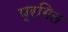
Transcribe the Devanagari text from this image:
प्रगित